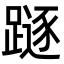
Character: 𨄃